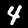
Digit: 4